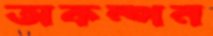
অকম্পন